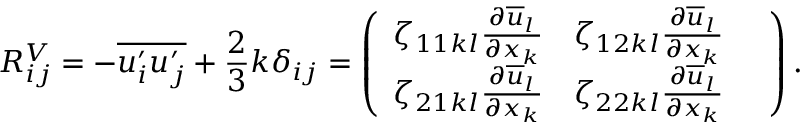
R _ { i j } ^ { V } = - \overline { { u _ { i } ^ { \prime } u _ { j } ^ { \prime } } } + \frac { 2 } { 3 } k \delta _ { i j } = \left( \begin{array} { l l l } { \zeta _ { 1 1 k l } \frac { \partial \overline { { u } } _ { l } } { \partial x _ { k } } } & { \zeta _ { 1 2 k l } \frac { \partial \overline { { u } } _ { l } } { \partial x _ { k } } } & { } \\ { \zeta _ { 2 1 k l } \frac { \partial \overline { { u } } _ { l } } { \partial x _ { k } } } & { \zeta _ { 2 2 k l } \frac { \partial \overline { { u } } _ { l } } { \partial x _ { k } } } & { } \end{array} \right) .